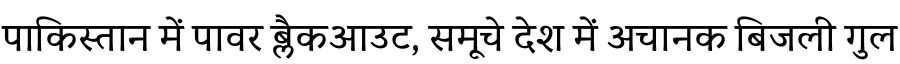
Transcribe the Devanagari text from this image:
पाकिस्तान में पावर ब्लैकआउट, समूचे देश में अचानक बिजली गुल